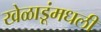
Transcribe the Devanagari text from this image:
खेळाडूंमधली